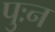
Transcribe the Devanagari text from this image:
पुःन